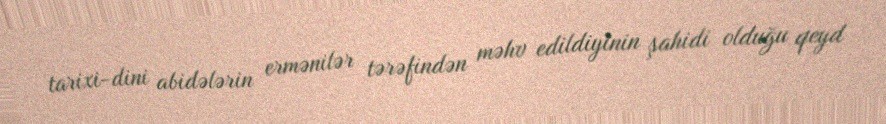
tarixi-dini abidələrin ermənilər tərəfindən məhv edildiyinin şahidi olduğu qeyd